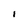
Character: I